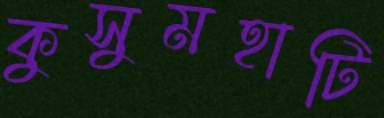
কুসুমহাটি